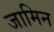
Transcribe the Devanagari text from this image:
जामिन